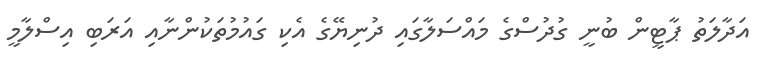
އަދާލަތު ޕާޓީން ބުނީ ގުދުސްގެ މައްސަލާގައި ދުނިޔޭގެ އެކި ގައުމުތަކުންނާއި އަރަބި އިސްލާމީ